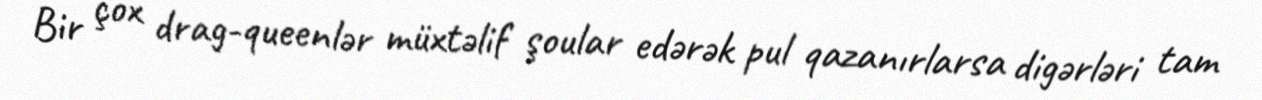
Bir çox drag-queenlər müxtəlif şoular edərək pul qazanırlarsa digərləri tam